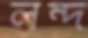
লন্দ